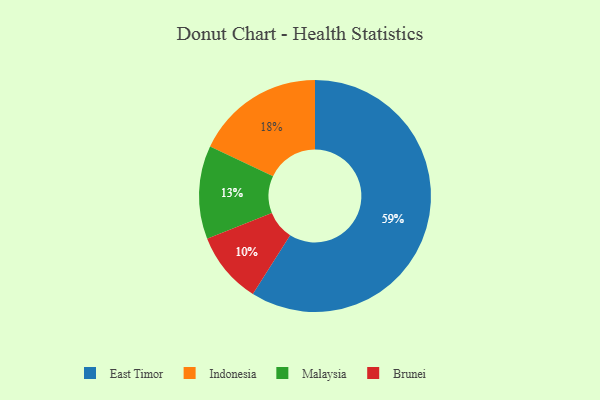
{"axis": {"x": "Category", "y": "Percentage"}, "legend": ["Brunei", "East Timor", "Indonesia", "Malaysia"], "data": [{"x": "East Timor", "y": 59, "type": "East Timor"}, {"x": "Brunei", "y": 10, "type": "Brunei"}, {"x": "Malaysia", "y": 13, "type": "Malaysia"}, {"x": "Indonesia", "y": 18, "type": "Indonesia"}]}